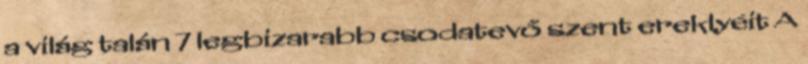
a világ talán 7 legbizarabb csodatevő szent ereklyéit A